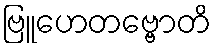
ဗြူဟေတဗ္ဗောတိ